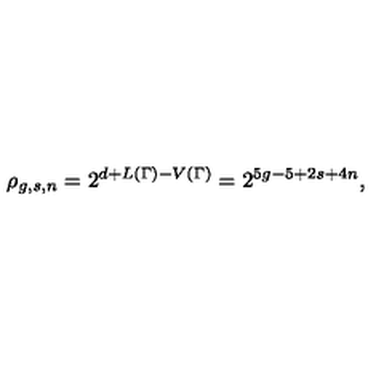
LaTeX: \rho _ { g , s , n } = 2 ^ { d + L ( \Gamma ) - V ( \Gamma ) } = 2 ^ { 5 g - 5 + 2 s + 4 n } ,